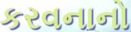
કરવનાનો